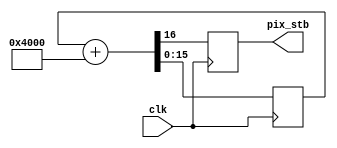
`timescale 1ns / 1ps
//////////////////////////////////////////////////////////////////////////////////
// Company: 
// Engineer: 
// 
// Design Name: 
// Module Name: divider
// Project Name: 
// Target Devices: 
// Tool Versions: 
// Description: 
// 
// Dependencies: 
// 
// Revision:
// Revision 0.01 - File Created
// Additional Comments:
// 
//////////////////////////////////////////////////////////////////////////////////


module divider(
    input clk,
    output reg pix_stb
    );
     reg [15:0] cnt;
     
     always @(posedge clk)//Clock input 100 MHz but we need 25 MHz 
     begin
        {pix_stb, cnt} <= cnt + 16'h4000;  //Connect oix_stb and cnt = 16 so divide by 4: (2^16)/4 = 0x4000
     end
endmodule